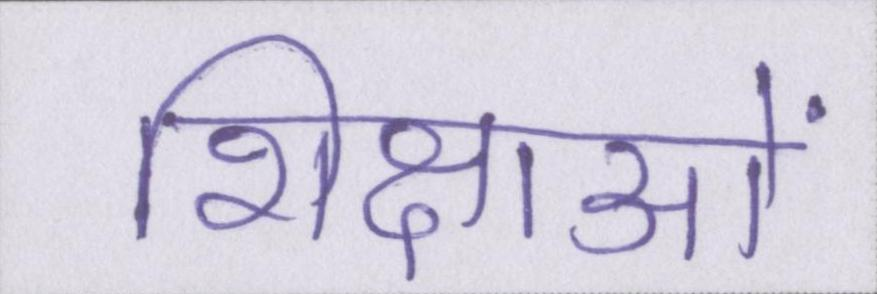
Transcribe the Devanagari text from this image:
शिक्षाओं